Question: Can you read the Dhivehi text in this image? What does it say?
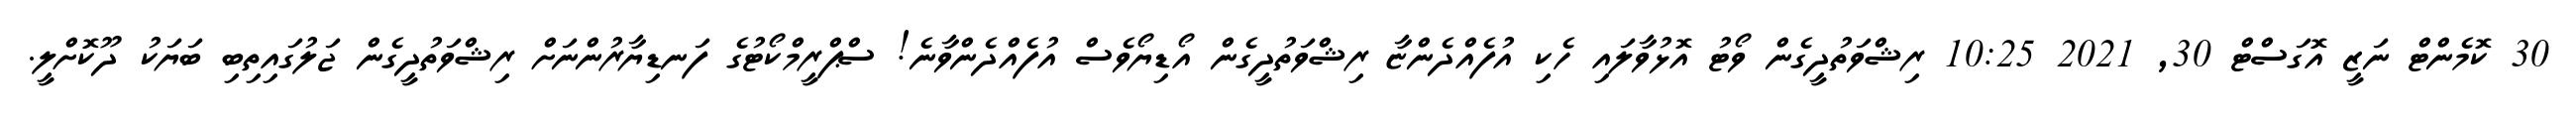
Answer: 30 ކޮމެންޓް ނަޒީ އޮގަސްޓް 30, 2021 10:25 ރިޝްވަތުދީގެން ވޯޓު އޮޅުވާލައި ހެކި އުފެއްދެންޏާ ރިޝްވަތުދީގެން އޯޑިޔޯވެސް އުފެއްދެންވާނެ! ސްޕްރީމްކޯޓުގެ ފަނޑިޔާރުންނަށް ރިޝްވަތުދީގެން ޖަލުގައިތިބި ބަޔަކު ދޫކޮށްލީ.